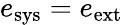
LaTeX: e_{\mathrm{sys}}=e_{\mathrm{ext}}